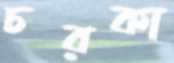
চরকা